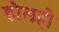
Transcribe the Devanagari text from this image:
डौलही